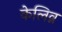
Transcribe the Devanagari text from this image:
केलिव्न